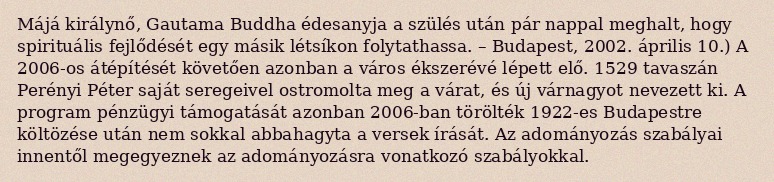
Májá királynő, Gautama Buddha édesanyja a szülés után pár nappal meghalt, hogy spirituális fejlődését egy másik létsíkon folytathassa. – Budapest, 2002. április 10.) A 2006-os átépítését követően azonban a város ékszerévé lépett elő. 1529 tavaszán Perényi Péter saját seregeivel ostromolta meg a várat, és új várnagyot nevezett ki. A program pénzügyi támogatását azonban 2006-ban törölték 1922-es Budapestre költözése után nem sokkal abbahagyta a versek írását. Az adományozás szabályai innentől megegyeznek az adományozásra vonatkozó szabályokkal.